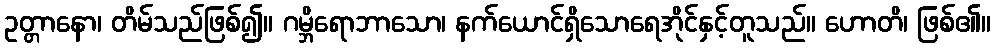
ဥတ္တာနော၊ တိမ်သည်ဖြစ်၍။ ဂမ္ဘိရောဘာသော၊ နက်ယောင်ရှိသောရေအိုင်နှင့်တူသည်။ ဟောတိ၊ ဖြစ်၏။